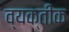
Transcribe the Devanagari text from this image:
व्यक्तीक